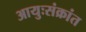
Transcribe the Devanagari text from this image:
आयुःसंक्रांत